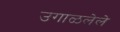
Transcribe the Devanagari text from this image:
उगाळलेले